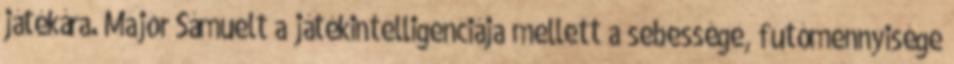
játékára. Major Sámuelt a játékintelligenciája mellett a sebessége, futómennyisége